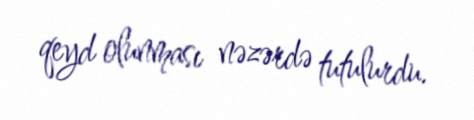
qeyd olunması nəzərdə tutulurdu.